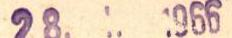
28. 1. 1966